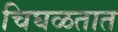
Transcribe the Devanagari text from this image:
चिघळतात